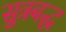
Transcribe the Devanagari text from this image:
सुत्रबद्ध